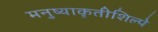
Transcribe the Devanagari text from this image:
मनुष्याकृतीशिल्पे